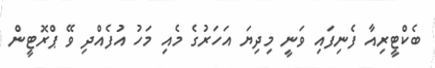
ބެކްޓީރިއާ ފެނިފައި ވަނީ މިދިޔަ އަހަރުގެ މެއި މަހު އުފެއްދި ވޭ ޕްރޮޓީން